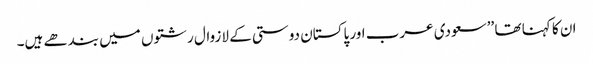
ان کا کہنا تھا ’’سعودی عرب اور پاکستان دوستی کے لازوال رشتوں میں بندھے ہیں۔